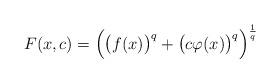
LaTeX: \begin{align*} F(x, c) = \Big( \big( f(x) \big)^q + \big( c \varphi(x) \big)^q \Big)^{\frac1q}\end{align*}